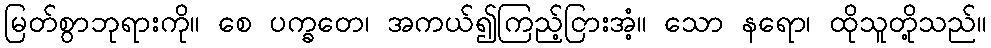
မြတ်စွာဘုရားကို။ စေ ပက္ခတေ၊ အကယ်၍ကြည့်ငြားအံ့။ သော နရော၊ ထိုသူတို့သည်။